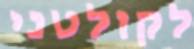
לקולטני